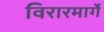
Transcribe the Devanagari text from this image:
विरारमार्गे